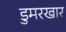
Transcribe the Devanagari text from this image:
डुमरखार